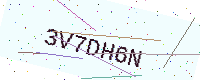
Text: 3V7DH6N